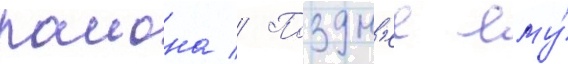
раиона // Поздн'ее ему́